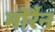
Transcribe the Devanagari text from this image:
मोरैन